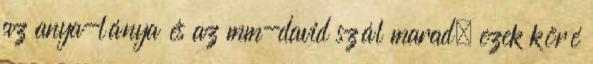
az anya-lánya és az mm-david szál marad, ezek köré